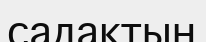
садақтың